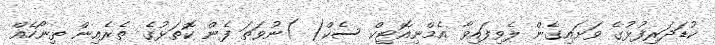
ކުޑަދަރިފުޅުގެ ވަށައިގެން ލެވިފައިވާ އެމްނިއޮޓިކް ސެކް( )ނުވަތަ ފެން ކޮތަޅުގެ ތެރެއިން ތިނޯހެއް